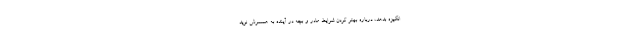
انگیزه بدهد، درباره بهتر کردن شرایط مادر و بچه در آینده به همسرش نوید